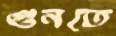
গুনতে